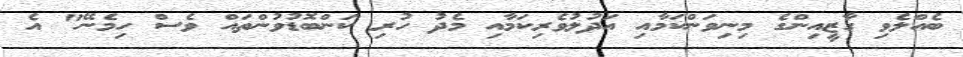
ބެއްލެވި ގާޒީއިންގެ މިނިވަންކަމާއި އަދުލުވެރިކަމާއި މެދު ހުރި ކަންބޮޑުވުންތައް ވެސް ހިމެނޭ" އެ